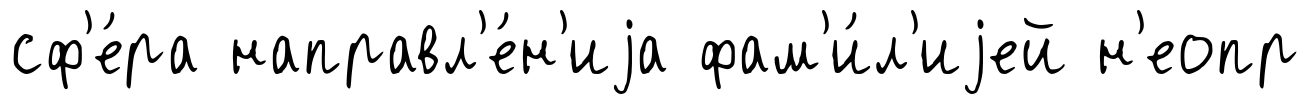
сф'е́ра направл'е́н'иjа фам'и́л'иjей н'еопр